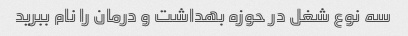
سه نوع شغل در حوزه بهداشت و درمان را نام ببرید